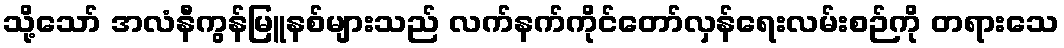
သို့သော် အလံနီကွန်မြူနစ်များသည် လက်နက်ကိုင်တော်လှန်ရေးလမ်းစဉ်ကို တရားသေ